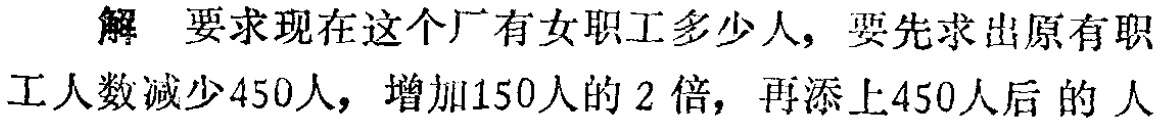
解 要求现在这个厂有女职工多少人, 要先求出原有职工人数减少450人，增加150人的 2 倍，再添上450人后的人